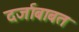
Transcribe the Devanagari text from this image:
दर्जाबाबत